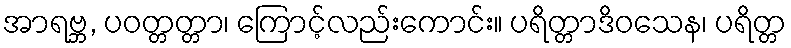
အာရဗ္ဘ, ပဝတ္တတ္တာ၊ ကြောင့်လည်းကောင်း။ ပရိတ္တာဒိဝသေန၊ ပရိတ္တ